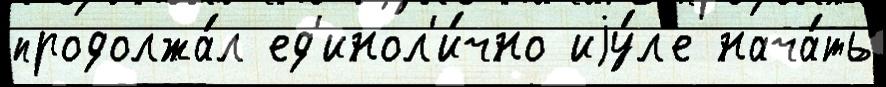
продолжа́л ед'инол'и́чно иjу́л'е нача́ть